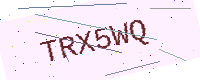
Text: TRX5WQ